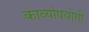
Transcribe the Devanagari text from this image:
काव्योपयोगी